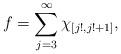
LaTeX: \begin{align*}f=\sum_{j=3}^\infty\chi_{[j!,j!+1]},\end{align*}